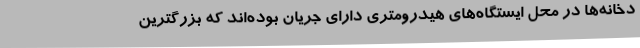
دخانه‌ها در محل ایستگاه‌های هیدرومتری دارای جریان بوده‌اند که بزرگترین